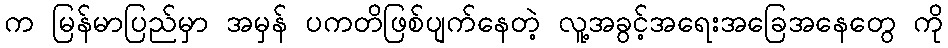
က မြန်မာပြည်မှာ အမှန် ပကတိဖြစ်ပျက်နေတဲ့ လူ့အခွင့်အရေးအခြေအနေတွေ ကို